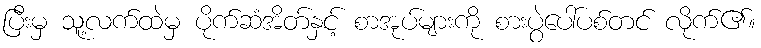
ပြီးမှ သူ့လက်ထဲမှ ပိုက်ဆံအိတ်နှင့် စာအုပ်များကို စားပွဲပေါ်ပစ်တင် လိုက်၏။